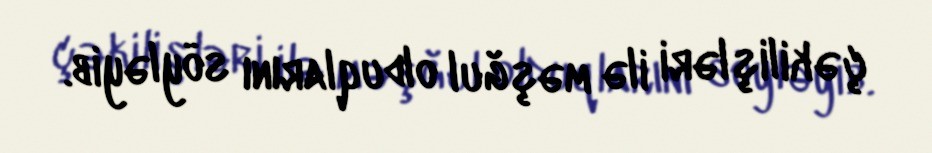
çəkilişləri ilə məşğul olduqlarını söyləyib.